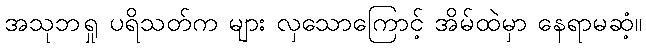
အသုဘရှု ပရိသတ်က များ လှသောကြောင့် အိမ်ထဲမှာ နေရာမဆံ့။